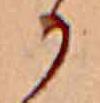
か